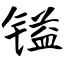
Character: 镒